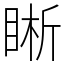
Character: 𥇦